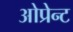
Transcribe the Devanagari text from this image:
ओप्रेन्ट